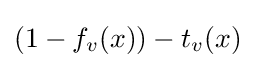
(1-f_{v}(x))-t_{v}(x)